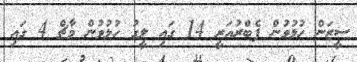
ސީޒަން ހުޅުވުން ފެބްރުއަރީ 14 ގައި ލީގު ހުޅުވުން މާޗް 4 ގައި